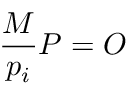
{ \frac { M } { p _ { i } } } P = O